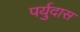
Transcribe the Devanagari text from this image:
पर्युदास